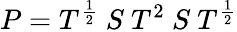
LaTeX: P=T^{\frac{1}{2}}\ S\ T^{2}\ S\ T^{\frac{1}{2}}